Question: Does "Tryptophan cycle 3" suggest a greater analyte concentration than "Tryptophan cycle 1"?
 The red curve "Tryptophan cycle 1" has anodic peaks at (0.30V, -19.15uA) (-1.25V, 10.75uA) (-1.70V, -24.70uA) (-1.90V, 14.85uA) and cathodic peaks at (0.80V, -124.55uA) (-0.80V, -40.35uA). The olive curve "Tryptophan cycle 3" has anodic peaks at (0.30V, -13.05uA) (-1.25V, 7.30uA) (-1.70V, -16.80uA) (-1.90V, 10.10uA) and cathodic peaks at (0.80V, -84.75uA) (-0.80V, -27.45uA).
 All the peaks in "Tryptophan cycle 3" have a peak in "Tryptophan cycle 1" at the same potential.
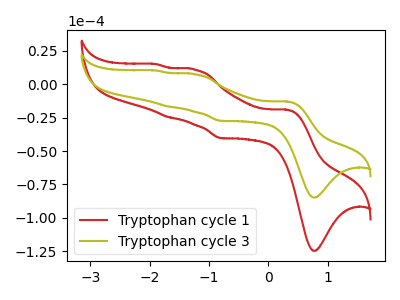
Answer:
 <answer>I cant tell if "Tryptophan cycle 3" or "Tryptophan cycle 1" has more signal.</answer>
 <eval>mixed_signal</eval>